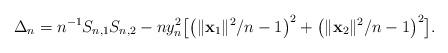
LaTeX: \begin{align*}\Delta_n= n^{-1}S_{n,1}S_{n,2} -ny_n^2 \bigl[ \bigl(\|\mathbf{x}_1\|^2/n-1\bigr)^2 + \bigl(\|\mathbf{x}_2\|^2/n-1\bigr)^2 \bigr].\end{align*}